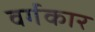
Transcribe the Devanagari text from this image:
वर्गकार